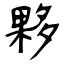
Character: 夥